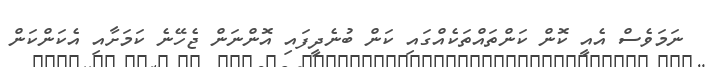
ނަމަވެސް އެއީ ކޮން ކަންތައްތަކެއްގައި ކަން ބުނެދީފައި އޮންނަން ޖެހޭނެ ކަމަށާއި އެކަންކަން